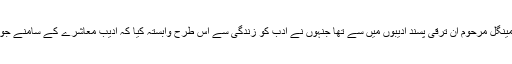
عزیز مینگل مرحوم ان ترقی پسند ادیبوں میں سے تھا جنہوں نے ادب کو زندگی سے اس طرح وابستہ کیا کہ ادیب معاشرے کے سامنے جوابدہ ہو۔